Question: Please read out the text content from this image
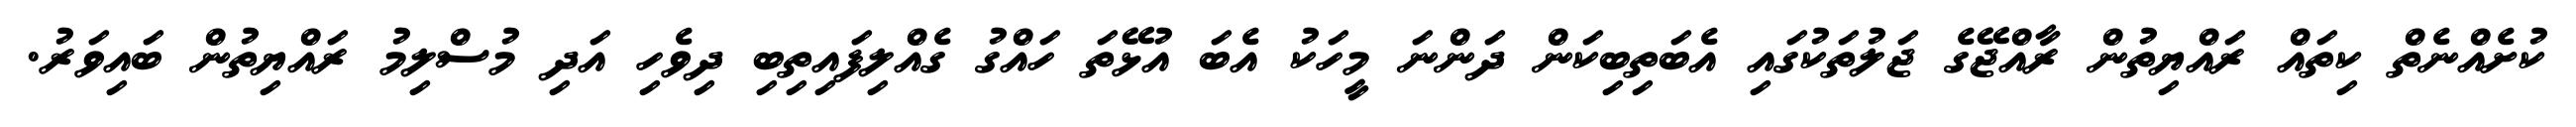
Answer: ކުށެއްނެތް ކިތައް ރައްޔިތުން ރާއްޖޭގެ ޖަލުތަކުގައި އެބަތިބިކަން ދަންނަ މީހަކު އެބަ އުޅޭތަ ހައްގު ގެއްލިފައިތިބި ދިވެހި އަދި މުސްލިމު ރައްޔިތުން ބައިވަރު.